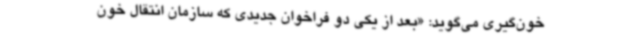
خون‌گیری می‌گوید: «بعد از یکی دو فراخوان جدیدی که سازمان انتقال خون